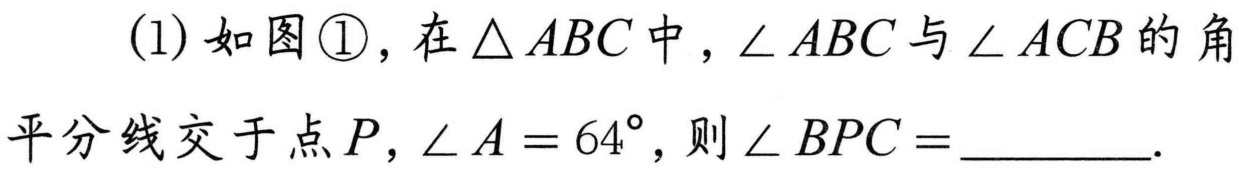
(1) 如图\textcircled{1}，在\(\triangle ABC\)中，\(\angle ABC\)与\(\angle ACB\)的角
平分线交于点\(P\)，\(\angle A = 64^{\circ}\)，则\(\angle BPC =\)  ．